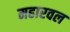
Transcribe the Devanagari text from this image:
महारवल